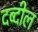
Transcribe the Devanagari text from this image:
दब्दील